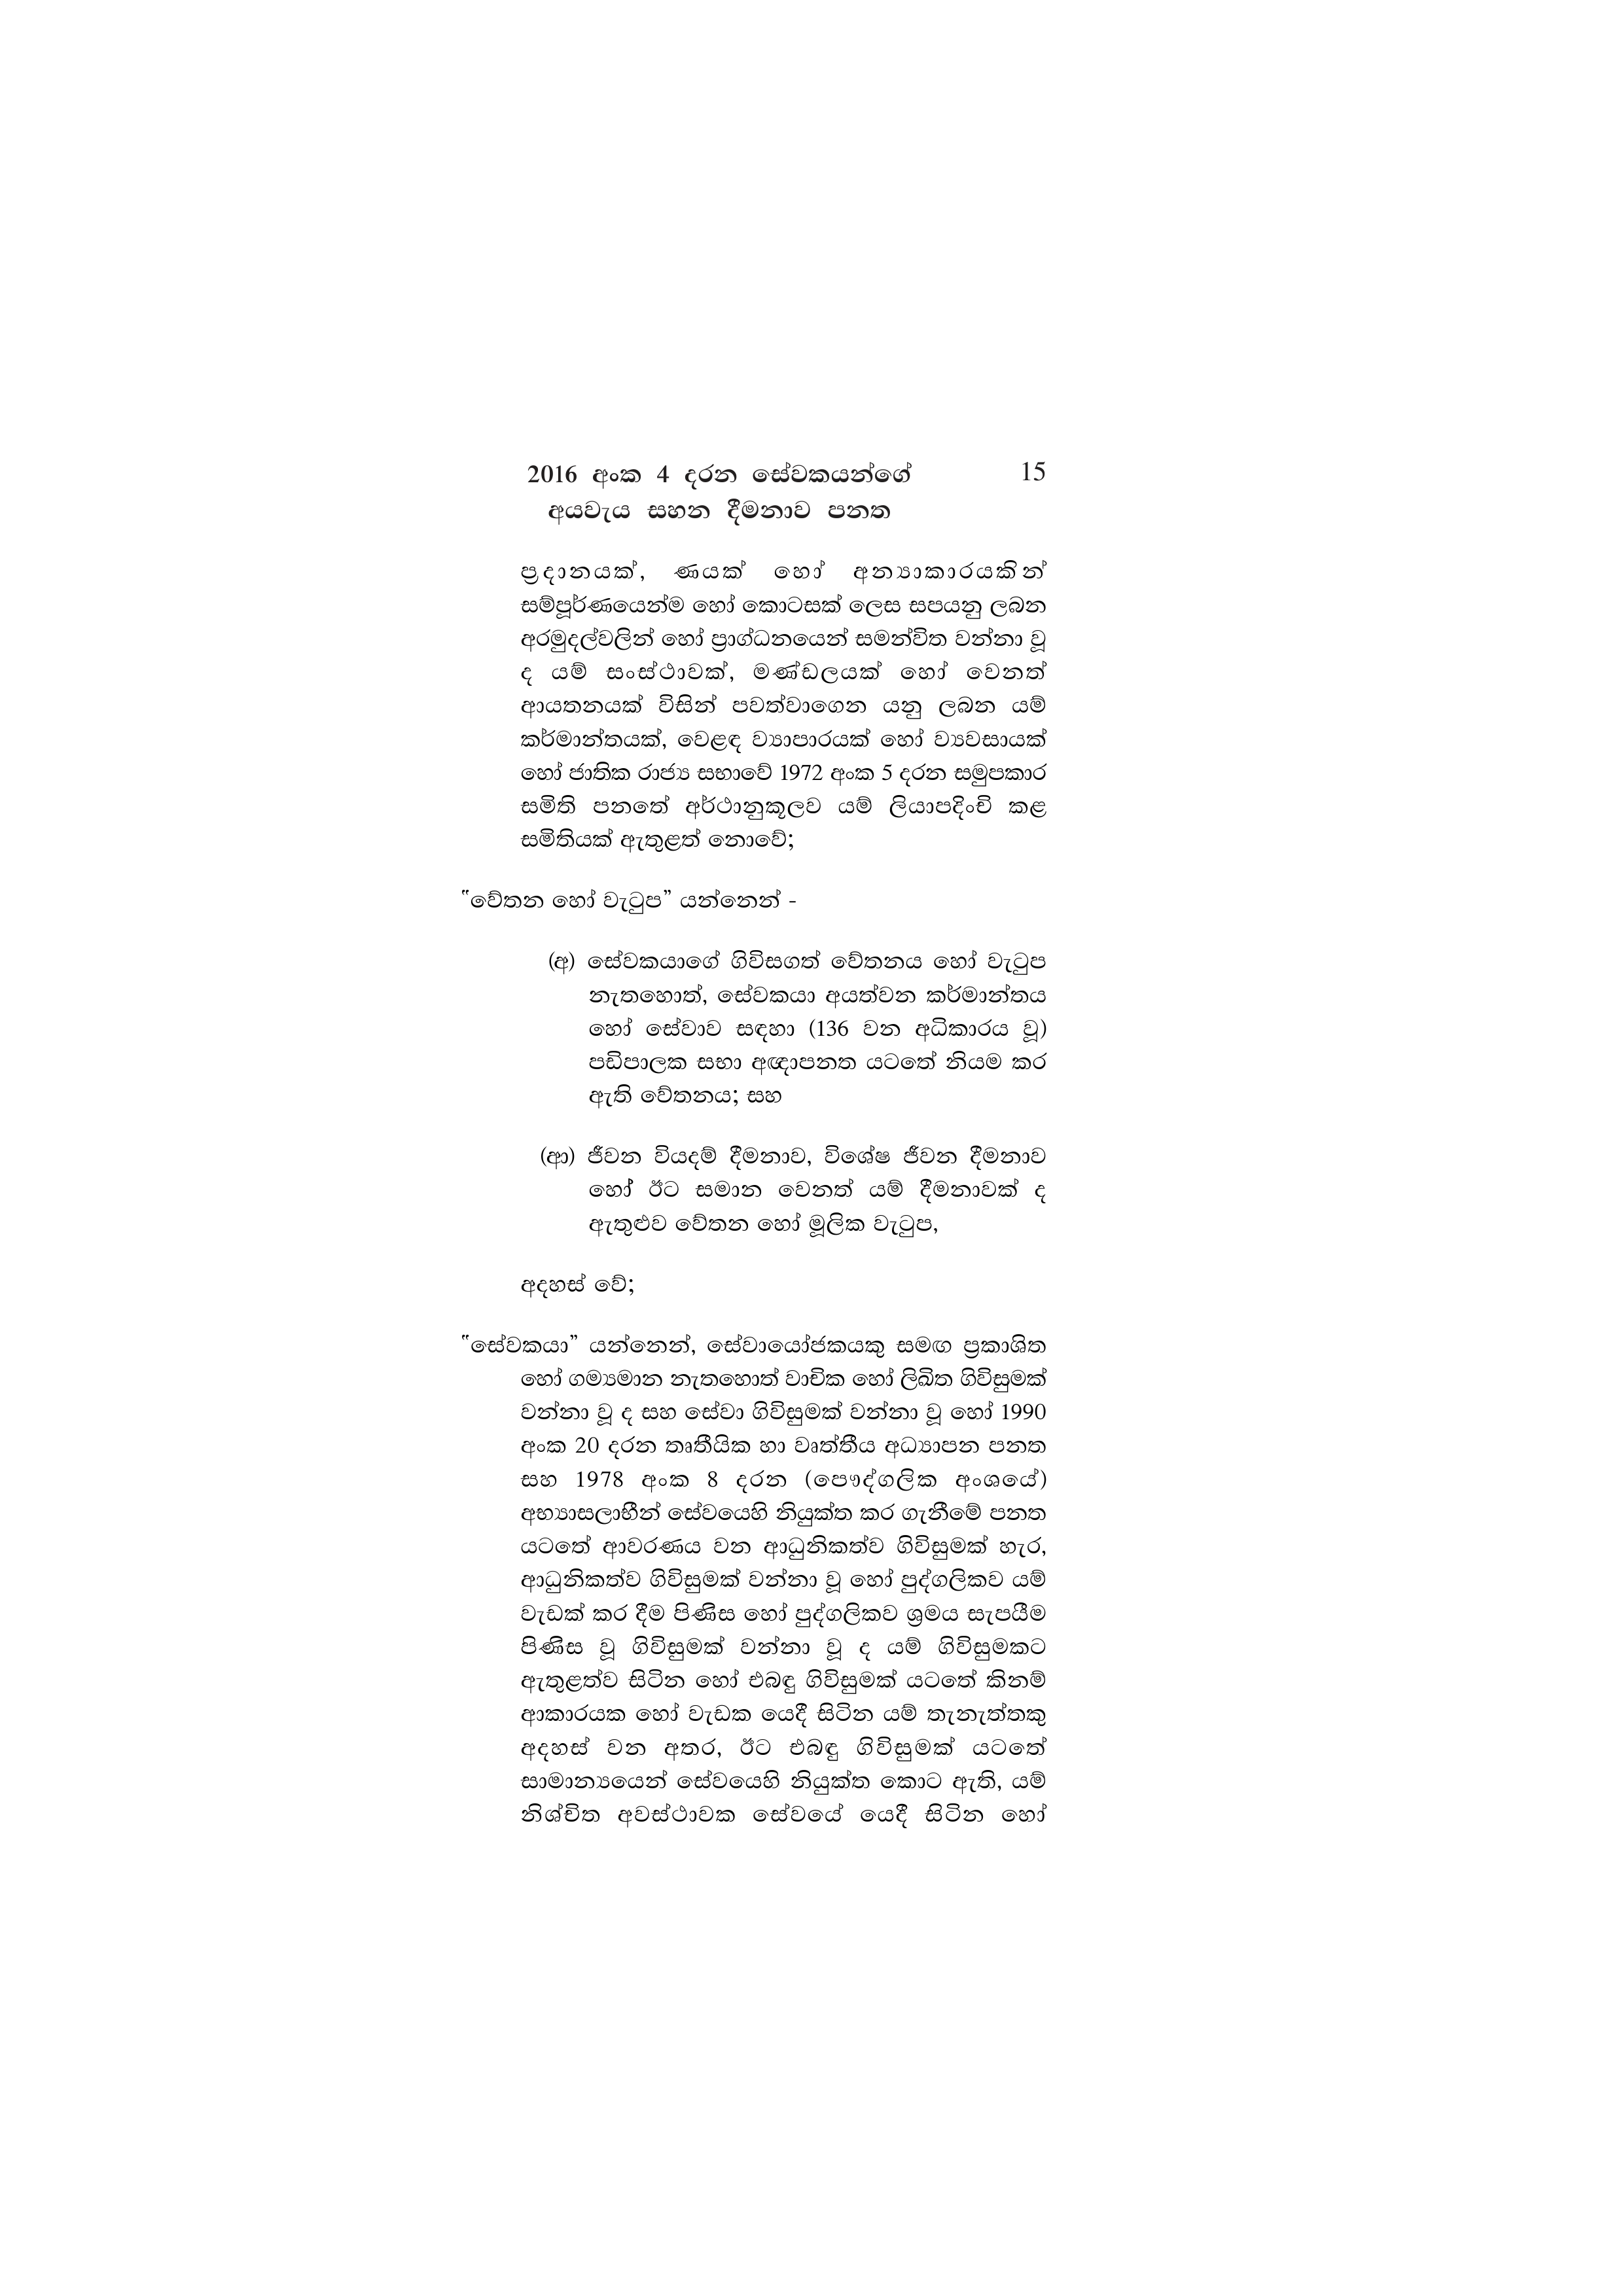
2016 අංක 4 දරන සේවකයන්ගේ 15
අයවැය සහන දීමනාව පනත

ප්‍රදානයක්, ණයක් හෝ අත්‍යාකාරයකින්
සම්පූර්ණයෙන්ම හෝ කොටසක් ලෙස සපයනු ලබන
අරමුදල්වලින් හෝ ප්‍රාග්ධනයෙන් සමන්විත වන්නා වූ
ද යම් සංස්ථාවක්, මණ්ඩලයක් හෝ වෙනත්
ආයතනයක් විසින් පවත්වාගෙන යනු ලබන යම්
කර්මාන්තයක්, වෙළඳ ව්‍යාපාරයක් හෝ ව්‍යවසායක්
හෝ ජාතික රාජ්‍ය සභාවේ 1972 අංක 5 දරන සමුපකාර
සමිති පනතේ අර්ථානුකූලව යම් ලියාපදිංචි කළ
සමිතියක් ඇතුළත් නොවේ;

"වේතන හෝ වැටුප” යන්නෙන් -

(අ) සේවකයාගේ ගිවිසගත් වේතනය හෝ වැටුප
නැතහොත්, සේවකයා අයත්වන කර්මාන්තය
හෝ සේවාව සඳහා (136 වන අධිකාරය වූ)
පඩිපාලක සභා අඥාපනත යටතේ නියම කර
ඇති වේතනය; සහ

(ආ) ජීවන වියදම් දීමනාව, විශේෂ ජීවන දීමනාව
හෝ ඊට සමාන වෙනත් යම් දීමනාවක් ද
ඇතුළුව වේතන හෝ මූලික වැටුප,

අදහස් වේ;

“සේවකයා” යන්නෙන්, සේවායෝජකයකු සමඟ ප්‍රකාශිත
හෝ ගම්‍යමාන නැතහොත් වාචික හෝ ලිඛිත ගිවිසුමක්
වන්නා වූ ද සහ සේවා ගිවිසුමක් වන්නා වූ හෝ 1990
අංක 20 දරන තෘතීයික හා වෘත්තීය අධ්‍යාපන පනත
සහ 1978 අංක 8 දරන (පෞද්ගලික අංශයේ)
අභ්‍යාසලාභීන් සේවයෙහි නියුක්ත කර ගැනීමේ පනත
යටතේ ආවරණය වන ආධුනිකත්ව ගිවිසුමක් හැර,
ආධුනිකත්ව ගිවිසුමක් වන්නා වූ හෝ පුද්ගලිකව යම්
වැඩක් කර දීම පිණිස හෝ පුද්ගලිකව ශ්‍රමය සැපයීම
පිණිස වූ ගිවිසුමක් වන්නා වූ ද යම් ගිවිසුමකට
ඇතුළත්ව සිටින හෝ එබඳු ගිවිසුමක් යටතේ කිනම්
ආකාරයක හෝ වැඩක යෙදී සිටින යම් තැනැත්තකු
අදහස් වන අතර, ඊට එබඳු ගිවිසුමක් යටතේ
සාමාන්‍යයෙන් සේවයෙහි නියුක්ත කොට ඇති, යම්
නිශ්චිත අවස්ථාවක සේවයේ යෙදී සිටින හෝ